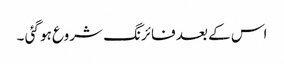
اس کے بعد فائرنگ شروع ہو گئی ۔